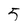
Character: 5